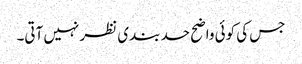
جس کی کوئی واضح حد بندی نظر نہیں آتی۔